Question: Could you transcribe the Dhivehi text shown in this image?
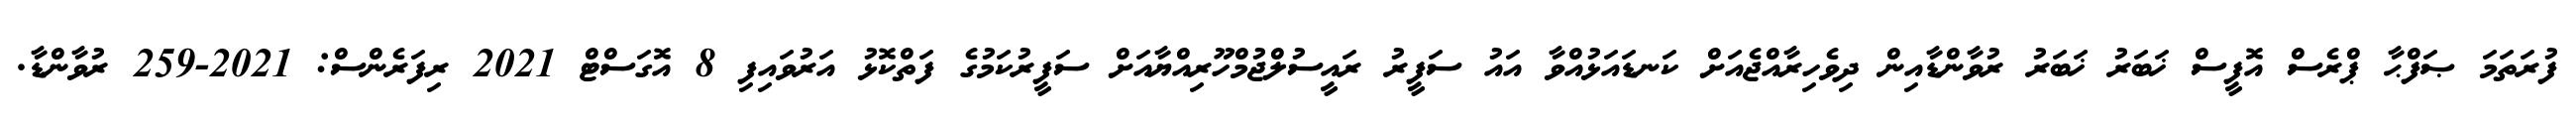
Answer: ފުރަތަމަ ޞަފްޙާ ޕްރެސް އޮފީސް ޚަބަރު ޚަބަރު ރުވާންޑާއިން ދިވެހިރާއްޖެއަށް ކަނޑައަޅުއްވާ އައު ސަފީރު ރައީސުލްޖުމްހޫރިއްޔާއަށް ސަފީރުކަމުގެ ފަތްކޮޅު އަރުވައިފި 8 އޮގަސްޓް 2021 ރިފަރެންސް: 2021-259 ރުވާންޑާ.